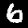
Digit: 6